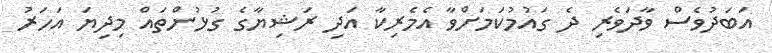
އަބަދުވެސް ވާދަވެރި ދެ ގައުމުކަމަށްވާ އެމެރިކާ އަދި ރަޝިޔާގެ ގުޅުންތައް މިދިޔަ އަހަރު